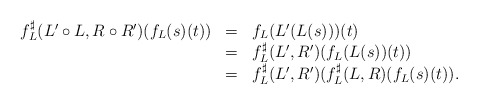
\begin{align*}\begin{array}{lll}f^\sharp_L(L'\circ L,R\circ R')(f_L(s)(t))&=&f_L(L'(L(s)))(t)\\&=&f^\sharp_L(L',R')(f_L(L(s))(t))\\&=&f^\sharp_L(L',R')(f^\sharp_L(L,R)(f_L(s)(t)).\end{array}\end{align*}